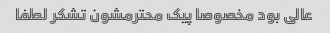
عالی بود مخصوصا پیک محترمشون تشکر لطفا